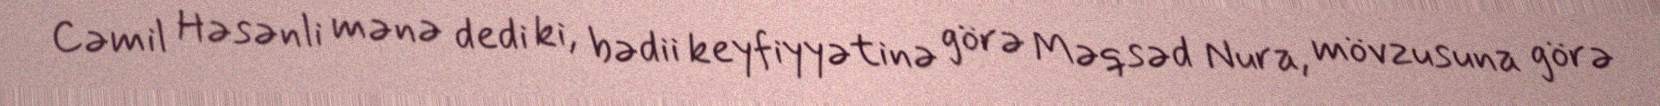
Cəmil Həsənli mənə dedi ki, bədii keyfiyyətinə görə Məqsəd Nura, mövzusuna görə